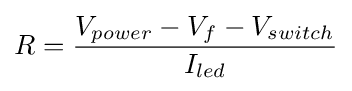
R={V_{power}-V_{f}-V_{switch} \over I_{led}}